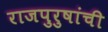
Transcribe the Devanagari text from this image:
राजपुरुषांची